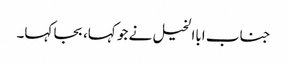
جناب اباالخیل نے جو کہا، بجا کہا۔